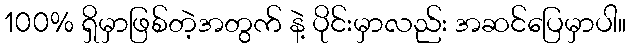
100% ရှိမှာဖြစ်တဲ့အတွက် နဲ့ ပိုင်းမှာလည်း အဆင်ပြေမှာပါ။